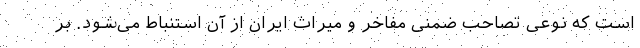
است که نوعی تصاحب ضمنی مفاخر و میراث ایران از آن استنباط می‌شود. بر